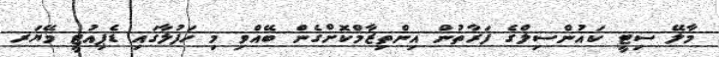
މާލޭ ސިޓީ ކައުންސިލްގެ ފަރާތުން އިންތިޒާމްކޮށްގެން ބޭއްވި މި ހަފުލާގައި ޑެޕިއުޓީ މޭޔަރ